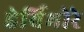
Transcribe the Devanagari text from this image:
हेर्बिभोरे